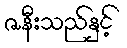
ဇနီးသည်နှင့်